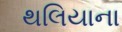
થલિયાના